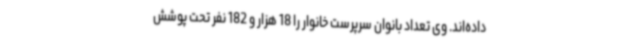
داده‌اند. وی تعداد بانوان سرپرست خانوار را 18 هزار و 182 نفر تحت پوشش